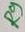
Text: R9